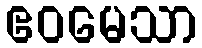
ဧဝမေသာ